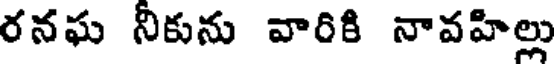
రనఘ నీకును వారికి నావహిల్లు